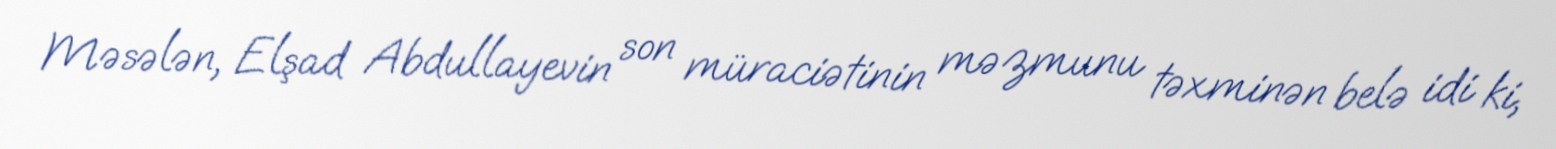
Məsələn, Elşad Abdullayevin son müraciətinin məzmunu təxminən belə idi ki,